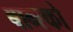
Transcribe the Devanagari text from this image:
बान्स्को